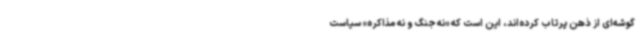
گوشه‌ای از ذهن پرتاب کرده‌اند، این است که «نه جنگ و نه مذاکره» سیاست